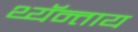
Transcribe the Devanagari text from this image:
थ्यॅन्ताय